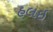
હલઇ